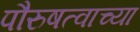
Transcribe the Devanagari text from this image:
पौरुषत्वाच्या